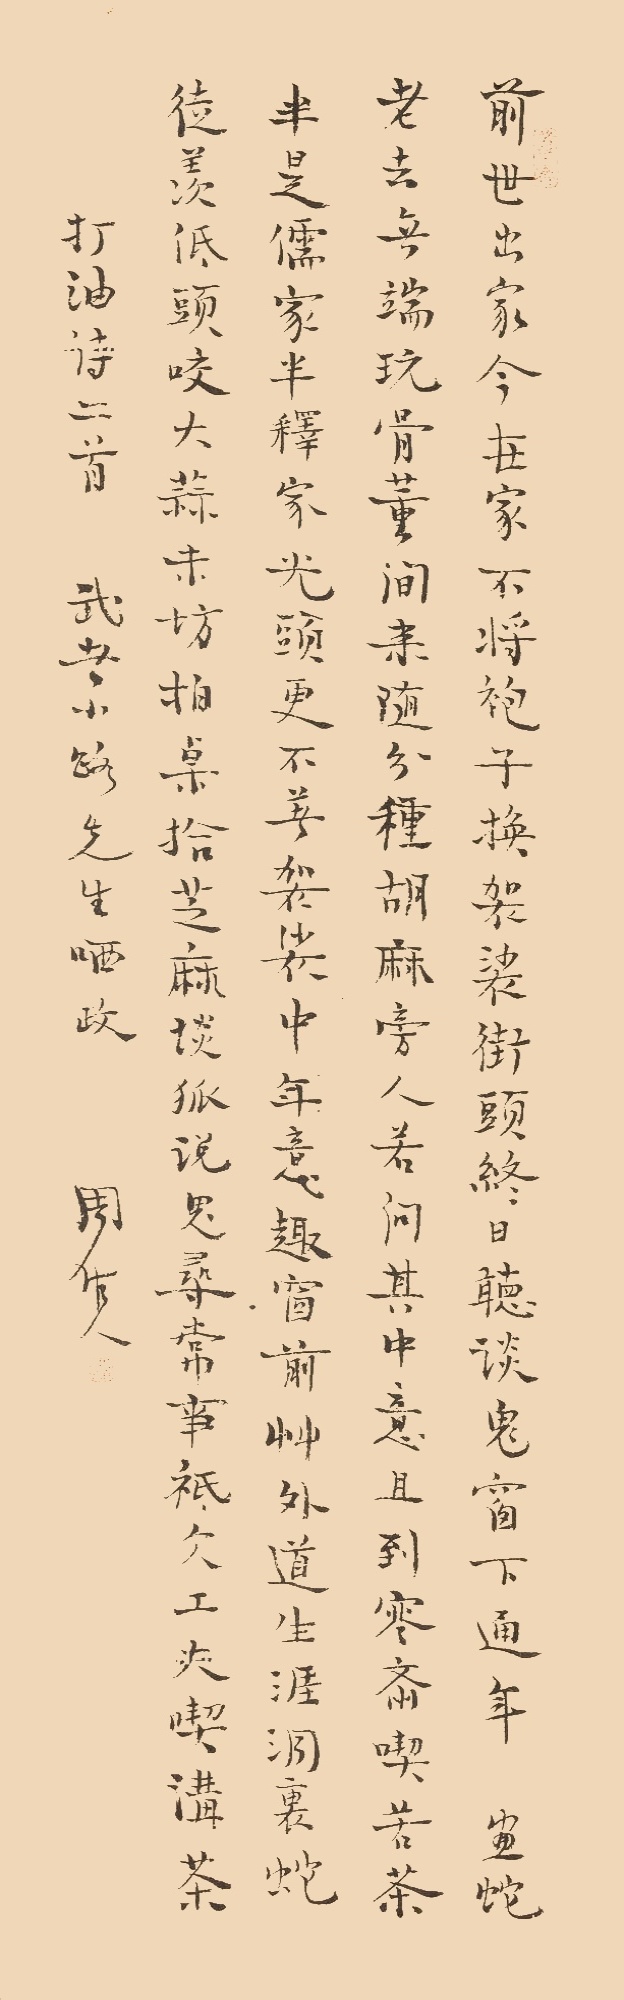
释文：前世出家今在家，不将袍子换袈裟。街头终日听谈鬼，窗下通年学画蛇。老去无端玩骨董，闲来随分种胡麻。旁人若问其中意，且到寒斋吃苦茶。半是儒家半释家，光头更不着袈装。中年意趣窗前草，外道生涯洞里蛇。徒美低头咬大蒜，未妨拍桌拾芝麻。谈狐说鬼寻常事，只欠工夫吃讲茶。打油诗二首。周作人